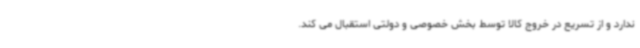
ندارد و از تسریع در خروج کالا توسط بخش خصوصی و دولتی استقبال می کند.